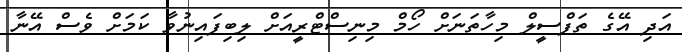
އަދި އޭގެ ތަފްސީލް މިހާތަނަށް ހޯމް މިނިސްޓްރީއަށް ލިބިފައިނުވާ ކަމަށް ވެސް އޭނާ